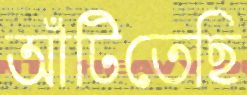
আঁটিতেছি